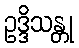
ဥဒ္ဒိသန္တု